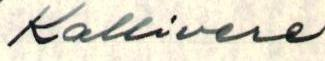
Kallivere